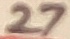
Text: 27